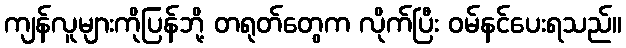
ကျန်လူများကိုပြန်ဘို့ တရုတ်တွေက လိုက်ပြီး ဝမ်နင်ပေးရသည်။